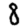
Digit: 8